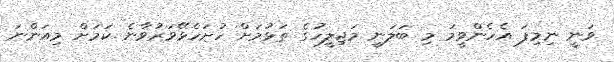
ވަނީ ނިމިފަ އެހެންވީމަ މި ބަލަނީ މަޖިލީހުގެ ތަޅުމަށް ހުށަހެޅޭވަރުވާނެ ކަމަށް މިއަންނަ